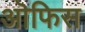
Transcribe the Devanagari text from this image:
ऒफिस